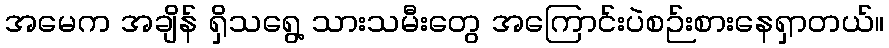
အမေက အချိန် ရှိသရွေ့ သားသမီးတွေ အကြောင်းပဲစဉ်းစားနေရှာတယ်။